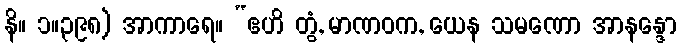
နိ။ ၁။၃၉၈) အာကာရေ။ “ဧဟိ တွံ, မာဏဝက, ယေန သမဏော အာနန္ဒော